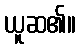
ယူဆ၏။